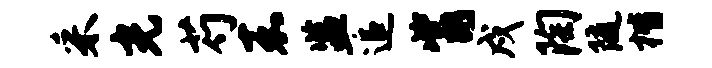
采光芍嘉监追觜戍陶随楷